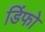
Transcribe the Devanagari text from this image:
डिंफो